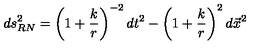
d s _ { R N } ^ { 2 } = \left( 1 + \frac { k } { r } \right) ^ { - 2 } d t ^ { 2 } - \left( 1 + \frac { k } { r } \right) ^ { 2 } d { \vec { x } } ^ { 2 }